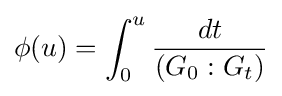
\phi (u)=\int _{0}^{u}{dt \over (G_{0}:G_{t})}